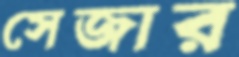
সেজার